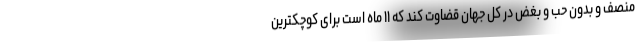
منصف و بدون حب و بغض در کل جهان قضاوت کند که ۱۱ ماه است برای کوچکترین